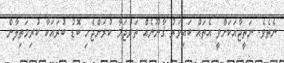
ނެތެވެ. ނަތީޖާއަކަށްވީ އެތައް ބައިވަރު ޤާނޫނެއް ތަރުޖަމާ ކުރަންޖެހި ބޮޑު ބުރައަކާ ކުރިމަތިލާން